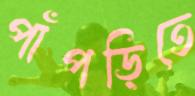
পাঁপড়িতে